Medical and sanitary report of the native army of Bengal for the year
Year: 1876
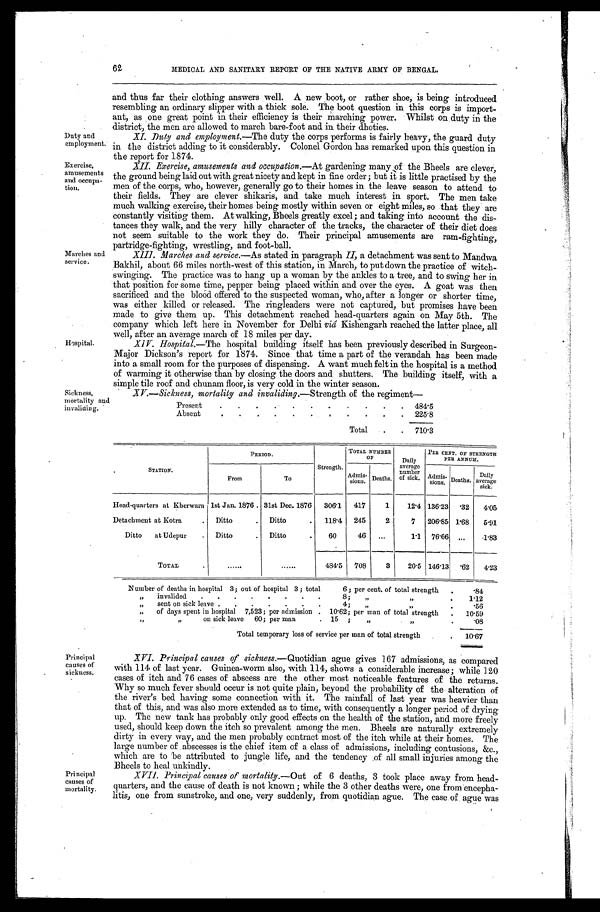
Duty and
employment.
Exercise,
amusements
and occupa
-tion.
62
MEDICAL AND SANITARY REPORT OF THE NATIVE ARMY OF BENGAL.
Marches and
service.
Hospital.
and thus far their clothing answers well. A new boot, or rather shoe, is being introduced
resembling an ordinary slipper with a thick sole. The boot question in this corps is import
-ant, as one great point in their efficiency is their marching power. Whilst on duty in the
district, the men are allowed to march bare-foot and in their dhoties.
XI. Duty and employment.— The duty the corps performs is fairly heavy, the guard duty
in the district adding to it considerably. Colonel Gordon has remarked upon this question in
the report for 1874.
XII. Exercise, amusements and occupation.— At gardening many of the Bheels are clever,
the ground being laid out with great nicety and kept in fine order; but it is little practised by the
men of the corps, who, however, generally go to their homes in the leave season to attend to
their fields. They are clever shikaris, and take much interest in sport. The men take
much walking exercise, their homes being mostly within seven or eight miles, so that they are
constantly visiting them. At walking, Bheels greatly excel; and taking into account the dis
-tances they walk, and the very hilly character of the tracks, the character of their diet does
not seem suitable to the work they do. Their principal amusements are ram-fighting,
partridge-fighting, wrestling, and foot-ball.
XI I I . Ma r c he s a nd s e r vi c e . —A s s t a t e d i n p a r a g r a p h
I I ,
a d e t a c h m e n t w a s s e n t t o M a n d w a
Bakhil, about 66 miles north-west of this station, in March, to put down the practice of witch
-swinging. The practice was to hang up a woman by the ankles to a tree, and to swing her in
that position for some time, pepper being placed within and over the eyes. A goat was then
sacrificed and the bloód offered to the suspected woman, who, after a longer or shorter time,
was either killed or released. The ringleaders were not captured, but promises have been
made to give them up. This detachment reached head-quarters again on May 5th. The
company which left here in November for Delhi viâ Kishengarh reached the latter place, all
well, after an average march of 18 miles per day.
XIV. Hospital.— The hospital !mulcting itself has been previously described in Surgeon
-Major Dickson's report for 1874. Since that time a part of the verandah has been made
into a small room for the purposes of dispensing. A want much felt in the hospital is a method
of warming it otherwise than by closing the doors and shutters. The building itself, with a
simple tile roof and chunam floor, is very cold in the winter season.
Sickness,
mortality and
invaliding.
XV.—Sickness, mortality and invaliding.— Strength of the regiment—
Present
.
.
.
484.5
Absent
.
.
.
225.8
Total . . .
710.3
STATION.
PERIOD.
Strength.
TOTAL NUMBER
OF
Daily
average
number
of sick.
PER CENT OF STRENGTH
PER ANNUM.
From
To
Admis-
sions. Deaths.
A d m i s -
sions. Deaths.
Daily
average
sick.
Head-quarters at Kherwara 1st Jan. 1876 . . . 31st Dec. 1876
306.1
417
1
12.4 136.23 .32
4.05
Detachment at Kotra . . . Ditto . . . Ditto . . .
118.4
245
2
7
206.85 1.68
5.91
Ditto at Udepur . . . Ditto . . . Ditto . . .
60
46
. . .
1.1 76.66 . . .
1.83
T O T A L . . .
. . .
. . . 484.5
708
3
20.5 146.13
.62
4.23
Number of deaths in hospital 3; out of hospital 3 ; total 6 ; per cent of total strength . . .
.84
" invalided . . . 8 ; "
" . . .
1.12
" sent on sick leave . . . 4 ; " " . . .
.56
" of days spent in hospital 7,523; per admission . . . 10.62; per man of total strength . . .
10.59
" " on sick leave 60; per man . . . 15 ; " " . . .
.08
Total temporary loss of service per man of total strength . . .
10.67
Principal
causes of
sickness.
Principal
causes of
mortality.
XVI. Principal causes of sickness.— Quotidian ague gives 167 admissions, as compared
with 114 of last year. Guinea-worm also, with 114, shows a considerable increase; while 120
cases of itch and 76 cases of abscess are the other most noticeable features of the returns.
Why so much fever should occur is not quite plain, beyond the probability of the alteration of
the river's bed having some connection with it. The rainfall of last year was heavier than
that of this, and was also more extended as to time, with consequently a longer period of drying
up. The new tank has probably only good effects on the health of the station, and more freely
used, should keep down the itch so prevalent among the men. Bheels are naturally extremely
dirty in every way, and the men probably contract most of the itch while at their homes. The
large number of abscesses is the chief item of a class of admissions, including contusions, &c.,
which are to 'be attributed to jungle life, and the tendency .of all small injuries among the
Bheels to heal unkindly.
XVII. Principal causes of mortality.— Out of 6 deaths, 3 took place away from head-
-quarters, and the cause of death is not known ; while the 3 other deaths were, one from encepha
- l i t i s , o n e f r o m s u n s t r o k e , a n d . o n e , v e r y s u d d e n l y , f r o m q u o t i d i a n a g u e . T h e c a s e o f a g u e w a s